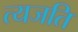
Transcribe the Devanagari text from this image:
त्यजति